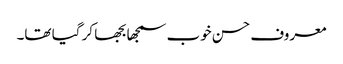
معروف حسن خوب سمجھا بجھا کر گیا تھا۔